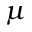
\mu